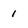
Character: 1